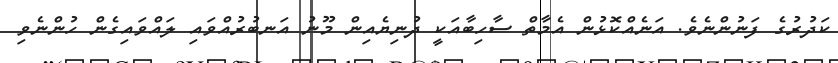
ކަދުރުގެ ފަނުންނެވެ. އަނެއްކޮޅުން އެމާތް ސާހިބާއަކީ ދުނިޔެއިން މޫނު އަނބުރުއްވައި ލައްވައިގެން ހުންނެވި